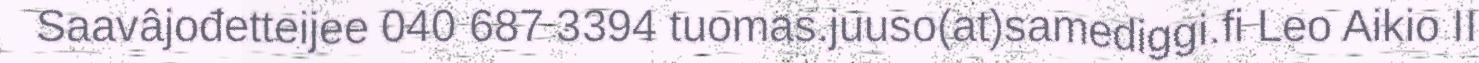
Saavâjođetteijee 040 687 3394 tuomas.juuso(at)samediggi.fi Leo Aikio II